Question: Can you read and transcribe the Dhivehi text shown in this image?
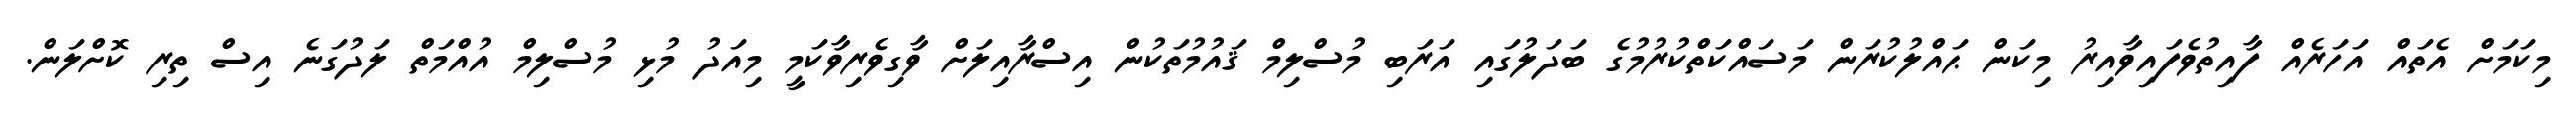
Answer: މިކަމަށް އެތައް އަހަރެއް ފާއިތުވެފައިވާއިރު މިކަން ޙައްލުކުރަން މަސައްކަތްކުރުމުގެ ބަދަލުގައި އަރަބި މުސްލިމް ޤައުމުތަކުން އިސްރާއިލަށް ވާގިވެރިވާކަމީ މިއަދު މުޅި މުސްލިމް އުއްމަތް ލަދުގަނެ އިސް ތިރި ކޮށްލަން.